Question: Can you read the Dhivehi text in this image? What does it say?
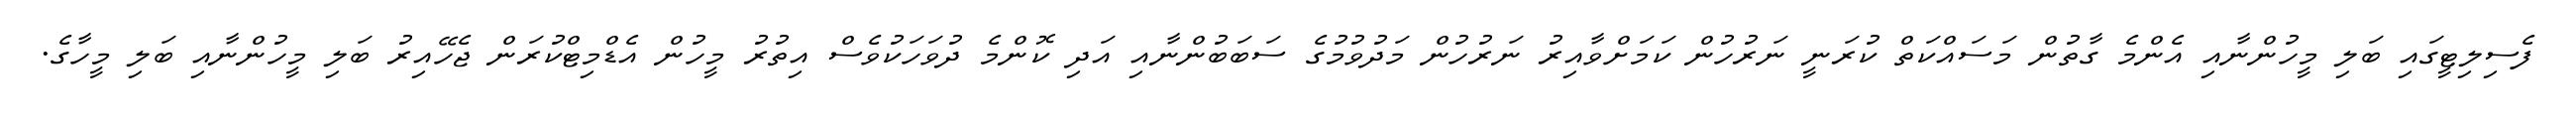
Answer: ފެސިލިޓީގައި ބަލި މީހުންނާއި އެންމެ ގާތުން މަސައްކަތް ކުރަނީ ނަރުހުން ކަމަށްވާއިރު ނަރުހުން މަދުވުމުގެ ސަބަބުންނާއި އަދި ކޮންމެ ދުވަހަކުވެސް އިތުރު މީހުން އެޑްމިޓްކުރަން ޖެހޭއިރު ބަލި މީހުންނާއި ބަލި މީހާގެ.